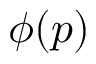
\phi ( p )